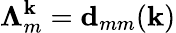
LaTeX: \mathbf{\Lambda}_{m}^{\textbf{k}}=\textbf{d}_{mm}(\textbf{k})